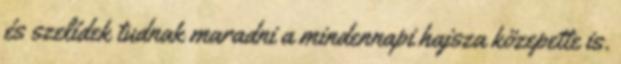
és szelídek tudnak maradni a mindennapi hajsza közepette is.